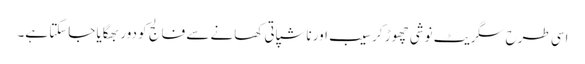
اسی طرح سگریٹ نوشی چھوڑ کر سیب اور ناشپاتی کھانے سے فالج کو دور بھگایا جاسکتا ہے۔